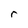
Character: r